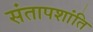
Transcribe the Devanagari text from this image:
संतापशांति